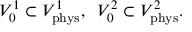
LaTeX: { \cal V } _ { 0 } ^ { 1 } \subset { \cal V } _ { \mathrm { p h y s } } ^ { 1 } , \; \; { \cal V } _ { 0 } ^ { 2 } \subset { \cal V } _ { \mathrm { p h y s } } ^ { 2 } .